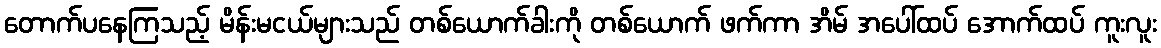
တောက်ပနေကြသည့် မိန်းမငယ်များသည် တစ်ယောက်ခါးကို တစ်ယောက် ဖက်ကာ အိမ် အပေါ်ထပ် အောက်ထပ် ကူးလူး